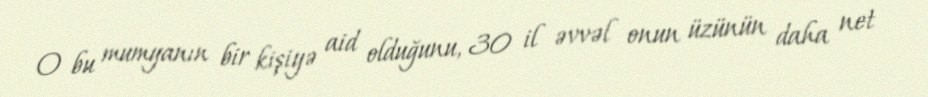
O bu mumyanın bir kişiyə aid olduğunu, 30 il əvvəl onun üzünün daha net